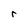
Character: r